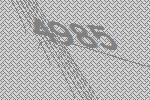
4985